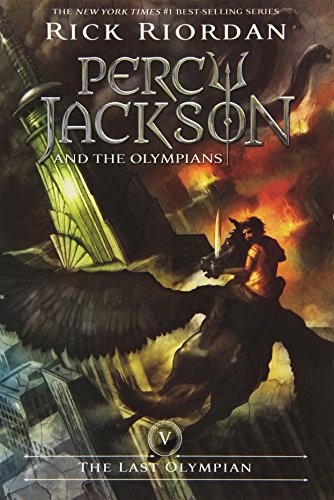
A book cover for The Last Olympian (Percy Jackson and the Olympians, Book 5); Rick Riordan; Teen & Young Adult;